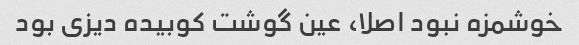
خوشمزه نبود اصلا، عین گوشت کوبیده دیزی بود